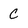
Character: c